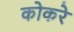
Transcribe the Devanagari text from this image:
कोकरे